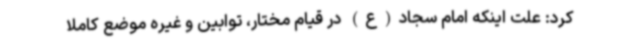
کرد: علت اینکه امام سجاد(ع) در قیام مختار، توابین و غیره موضع کاملا